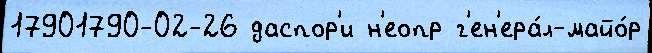
17901790-02-26 даспор'и н'еопр г'ен'ера́л-майо́р